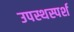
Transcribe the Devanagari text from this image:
उपस्थस्पर्श